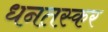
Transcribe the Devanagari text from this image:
धनतस्कर